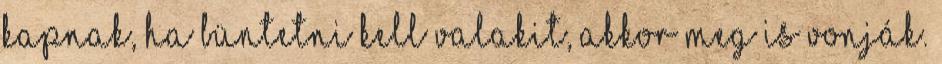
kapnak, ha büntetni kell valakit, akkor meg is vonják.